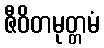
ဇီဝိတမုတ္တမံ